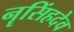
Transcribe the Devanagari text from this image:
नॄसिंहदेव